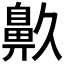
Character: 𪖓